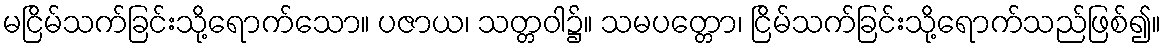
မငြိမ်သက်ခြင်းသို့ရောက်သော။ ပဇာယ၊ သတ္တဝါ၌။ သမပတ္တော၊ ငြိမ်သက်ခြင်းသို့ရောက်သည်ဖြစ်၍။